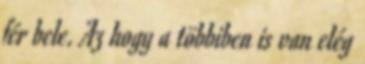
fér bele. Az hogy a többiben is van elég